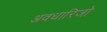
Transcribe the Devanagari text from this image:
अवधारिजो